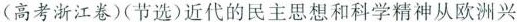
(高考浙江卷)(节选)近代的民主思想和科学精神从欧洲兴